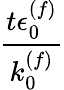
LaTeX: \frac{t\epsilon_{0}^{(f)}}{k_{0}^{(f)}}